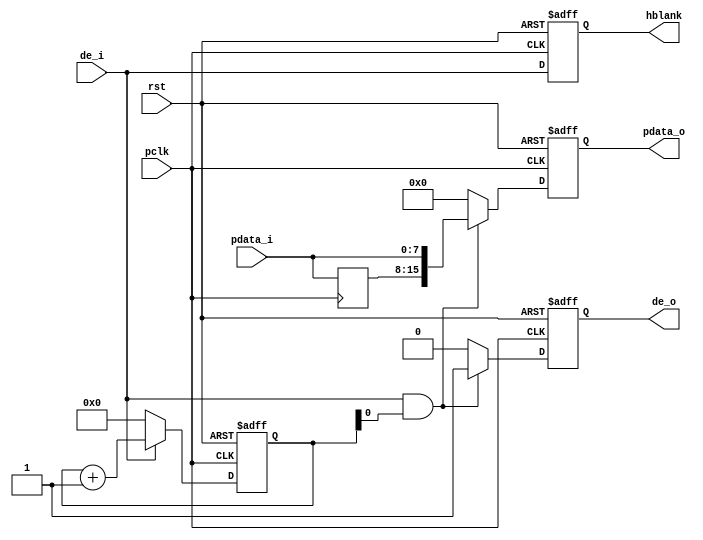
//
module cmos_8_16bit(
	input              rst,
	input              pclk,
	input [7:0]        pdata_i,
	input              de_i,
	output reg[15:0]   pdata_o,
	output reg         hblank,
	output reg         de_o
);
reg[7:0] pdata_i_d0;   //16RGB
reg[11:0] x_cnt;
always@(posedge pclk)
begin
	pdata_i_d0 <= pdata_i;
end

always@(posedge pclk or posedge rst)
begin
	if(rst)
		x_cnt <= 12'd0;
	else if(de_i)
		x_cnt <= x_cnt + 12'd1;
	else
		x_cnt <= 12'd0;
end

always@(posedge pclk or posedge rst)
begin
	if(rst)
		de_o <= 1'b0;
	else if(de_i && x_cnt[0])
		de_o <= 1'b1;
	else
		de_o <= 1'b0;
end

always@(posedge pclk or posedge rst)
begin
	if(rst)
		hblank <= 1'b0;
	else
		hblank <= de_i;
end

always@(posedge pclk or posedge rst)
begin
	if(rst)
		pdata_o <= 16'd0;
	else if(de_i && x_cnt[0])
		pdata_o <= {pdata_i_d0,pdata_i};
	else
		pdata_o <= 16'd0;
end

endmodule